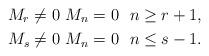
LaTeX: \begin{align*} M_r \neq 0 & \ M_n = 0 \ \ n \geq r+1, \\ M_s \neq 0 & \ M_n = 0 \ \ n \leq s - 1. \end{align*}